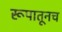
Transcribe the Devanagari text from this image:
रूपातूनच